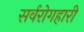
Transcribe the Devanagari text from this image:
सर्वरोगहारी